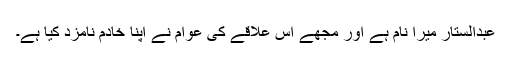
عبدالستار میرا نام ہے اور مجھے اس علاقے کی عوام نے اپنا خادم نامزد کیا ہے۔